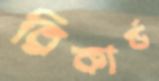
রিকার্ড